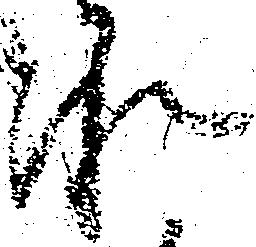
承